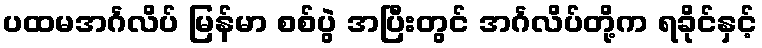
ပထမအင်္ဂလိပ် မြန်မာ စစ်ပွဲ အပြီးတွင် အင်္ဂလိပ်တို့က ရခိုင်နှင့်